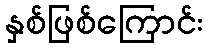
နှစ်ဖြစ်ကြောင်း